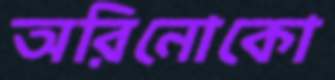
অরিনোকো